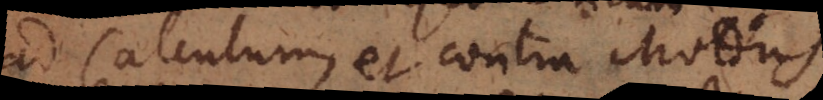
ad Calculum, et contra Modus